Malaria in the Punjab - Number 46
Disease focus: Malaria
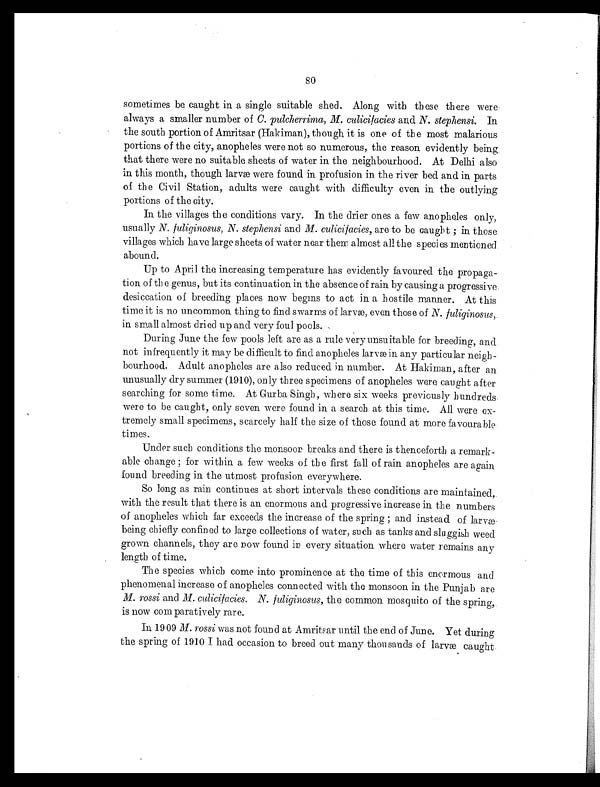
80
sometimes be caught in a single suitable shed. Along with these there were
always a smaller number of C. pulcherrima, M. culicifacies and N. stephensi. In
the south portion of Amritsar (Hakiman), though it is one of the most malarious
portions of the city, anopheles were not so numerous, the reason evidently being.
that there were no suitable sheets of water in the neighbourhood. At Delhi also
in this month, though larvæ were found in profusion in the river bed and in parts
of the Civil Station, adults were caught with difficulty even in the outlying
portions of the city.
In the villages the conditions vary. In the drier ones a few anopheles only,
usually N. fuliginosus, N. stephensi and M. culicifacies, are to be caught; in those
villages which have large sheets of water near them almost all the species mentioned.
abound.
Up to April the increasing temperature has evidently favoured the propaga-
tion of the genus, but its continuation in the absence of rain by causing a progressive.
desiccation of breeding places now begins to act in a hostile manner. At this
time it is no uncommon thing to find swarms of larvæ, even those of N. fuliginosus,
in small almost dried up and very foul pools.
During June the few pools left are as a rule very unsuitable for breeding, and
not infrequently it may be difficult to find anopheles larvae in any particular neigh-
bourhood. Adult anopheles are also reduced in number. At Hakiman, after an
unusually dry summer (1910), only three specimens of anopheles were caught after
searching for some time. At Gurba Singh, where six weeks previously hundreds-
were to be caught, only seven were found in a search at this time. All were ex-
tremely small specimens, scarcely half the size of those found at more favourable
times.
Under such conditions the monsoon breaks and there is thenceforth a remark-
able change; for within a few weeks of the first fall of rain anopheles are again
found breeding in the utmost profusion everywhere.
So long as rain continues at short intervals these conditions are maintained,
with the result that there is an enormous and progressive increase in the numbers
of anopheles which far exceeds the increase of the spring; and instead of larvæ
being chiefly confined to large collections of water, such as tanks and sluggish weed
grown channels, they are now found in every situation where water remains any
length of time.
The species which come into prominence at the time of this enormous and
phenomenal increase of anopheles connected with the monsoon in the Punjab are
M. rossi and M. culicifacies. N. fuliginosus, the common mosquito of the spring,.
is now comparatively rare.
In 1909 M. rossi was not found at Amritsar until the end. of June. Yet during
the spring of 1910 I had occasion to breed out many thousands of larvæ caught.